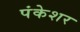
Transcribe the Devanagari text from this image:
पंकेशर